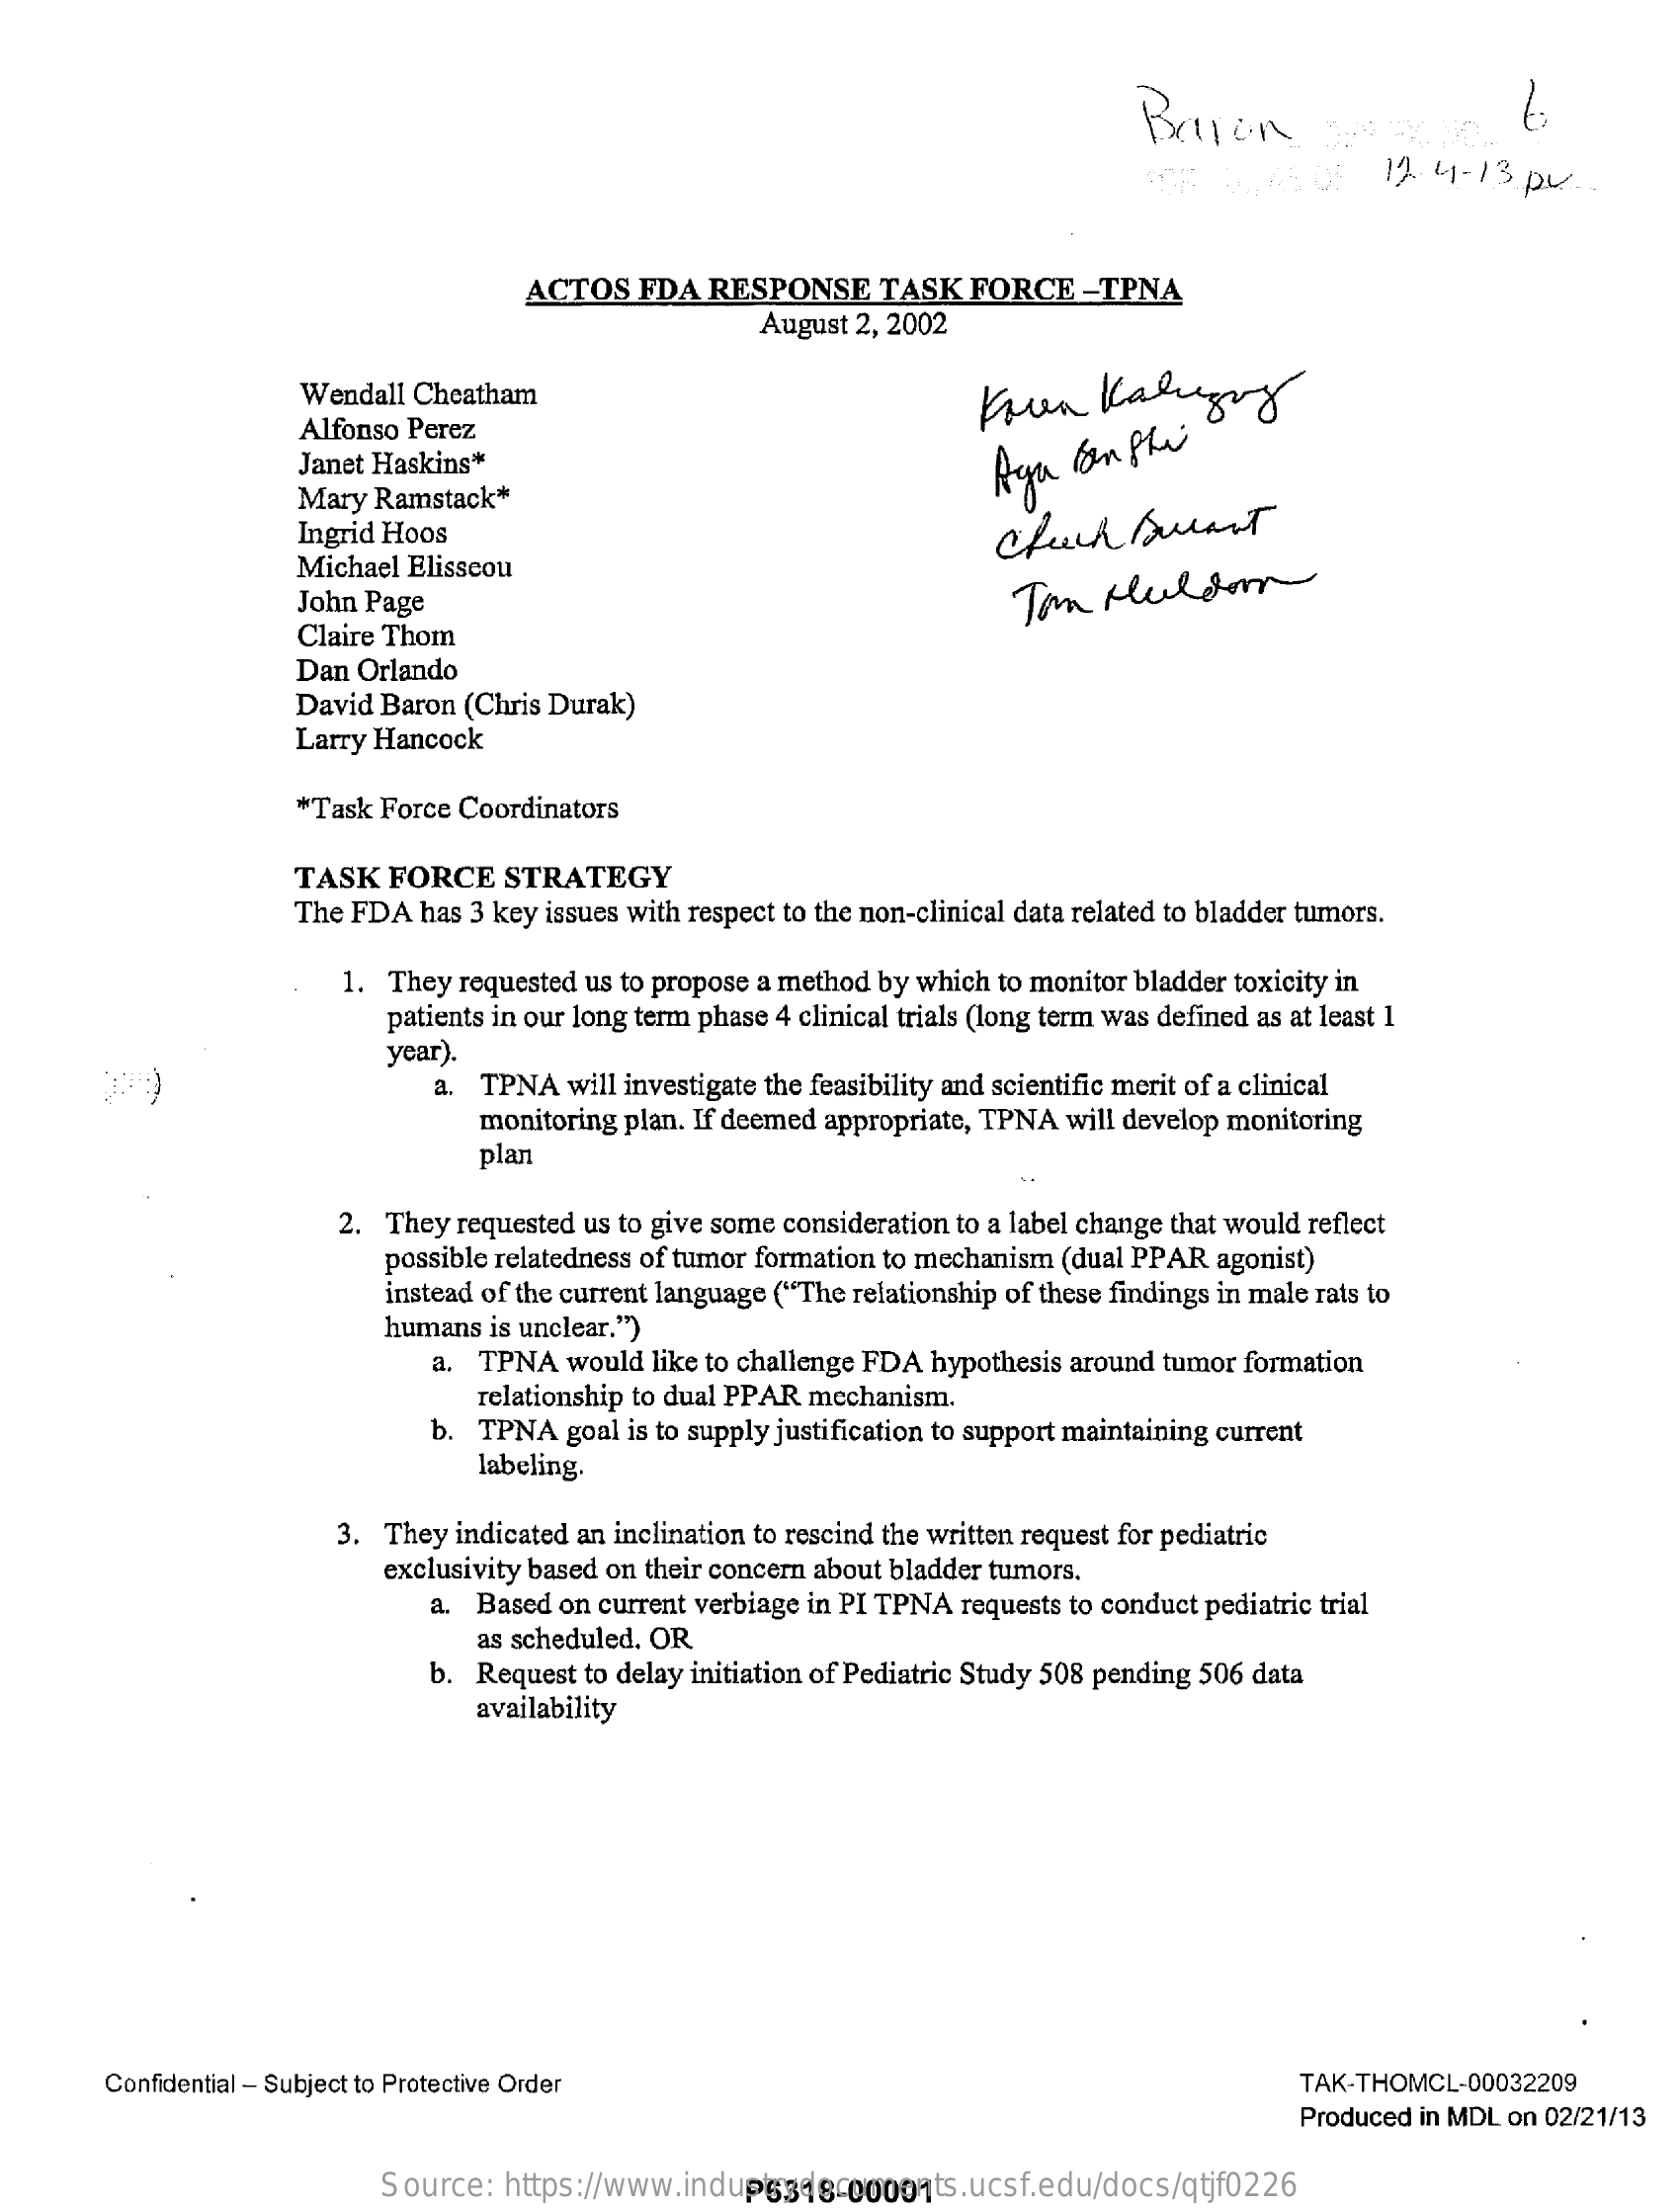
Baron
     2,2   0:  12  41-13 px ..
     ACTOS  FDA  RESPONSE    TASK  FORCE  -TPNA
     August 2, 2002
     Wendall Cheatham    Koun    Kaligny
     Alfonso Perez
     Janet Haskins*
     Mary Ramstack*
     Ingrid Hoos
     Michael Elisseou
     John Page    Tom  Huldom
     Claire Thom
     Dan Orlando
     David Baron (Chris Durak)
     Larry Hancock
     *Task Force Coordinators
     TASK  FORCE   STRATEGY
     The FDA has 3 key issues with respect to the non-clinical data related to bladder tumors.
     1. They requested us to propose a method by which to monitor bladder toxicity in
     patients in our long term phase 4 clinical trials (long term was defined as at least 1
     year).
     a. TPNA will investigate the feasibility and scientific merit of a clinical
     monitoring plan. If deemed appropriate, TPNA will develop monitoring
     plan
     2. They requested us to give some consideration to a label change that would reflect
     possible relatedness of tumor formation to mechanism (dual PPAR agonist)
     instead of the current language ("The relationship of these findings in male rats to
     humans is unclear.")
     a. TPNA  would like to challenge FDA hypothesis around tumor formation
     relationship to dual PPAR mechanism.
     b. TPNA goal is to supply justification to support maintaining current
     labeling.
     3. They indicated an inclination to rescind the written request for pediatric
     exclusivity based on their concern about bladder tumors.
     a. Based on current verbiage in PI TPNA requests to conduct pediatric trial
     as scheduled. OR
     b. Request to delay initiation of Pediatric Study 508 pending 506 data
     availability
     Confidential - Subject to Protective Order    TAK-THOMCL-00032209
     Produced in MDL on 02/21/13
     Source:  https://www.industrydocuments.ucsf.edu/docs/qtjf0226 P6318-00001